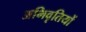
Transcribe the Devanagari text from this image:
अभिवृतियों